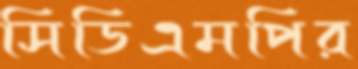
সিডিএমপির